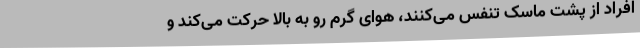
افراد از پشت ماسک تنفس می‌کنند، هوای گرم رو به بالا حرکت می‌کند و